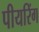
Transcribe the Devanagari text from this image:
पीयरिंग